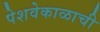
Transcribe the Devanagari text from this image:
पेशवेकाळाची